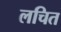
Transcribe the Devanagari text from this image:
लचित